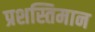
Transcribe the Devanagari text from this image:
प्रशस्तिमान